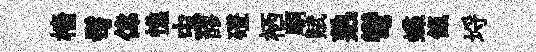
檣髩偉憔虫醪磴栖廟赋熟彎蝶餼埓